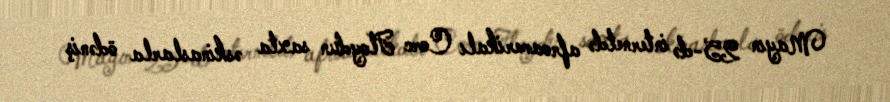
Mayın 25-də internetdə afroamerikalı Corc Floydun saxta əskinaslarla ödəniş